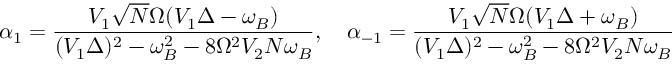
\alpha _ { 1 } = \frac { V _ { 1 } \sqrt { N } \Omega ( V _ { 1 } \Delta - \omega _ { B } ) } { ( V _ { 1 } \Delta ) ^ { 2 } - \omega _ { B } ^ { 2 } - 8 \Omega ^ { 2 } V _ { 2 } N \omega _ { B } } , \quad \alpha _ { - 1 } = \frac { V _ { 1 } \sqrt { N } \Omega ( V _ { 1 } \Delta + \omega _ { B } ) } { ( V _ { 1 } \Delta ) ^ { 2 } - \omega _ { B } ^ { 2 } - 8 \Omega ^ { 2 } V _ { 2 } N \omega _ { B } }